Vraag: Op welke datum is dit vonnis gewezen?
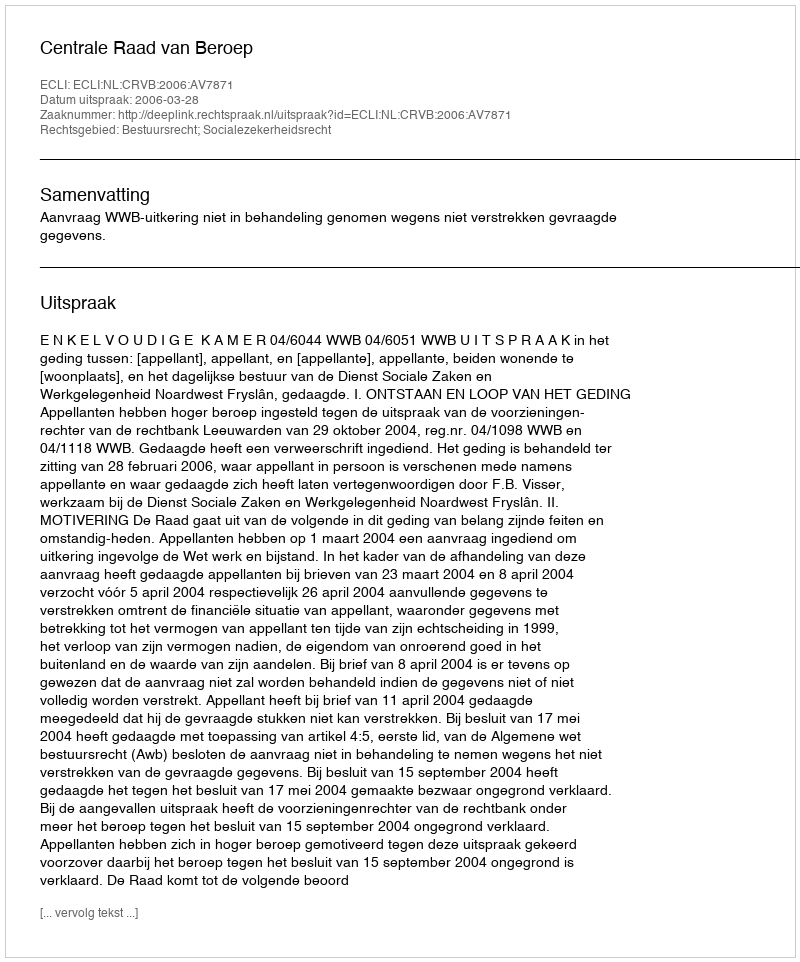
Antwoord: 2006-03-28